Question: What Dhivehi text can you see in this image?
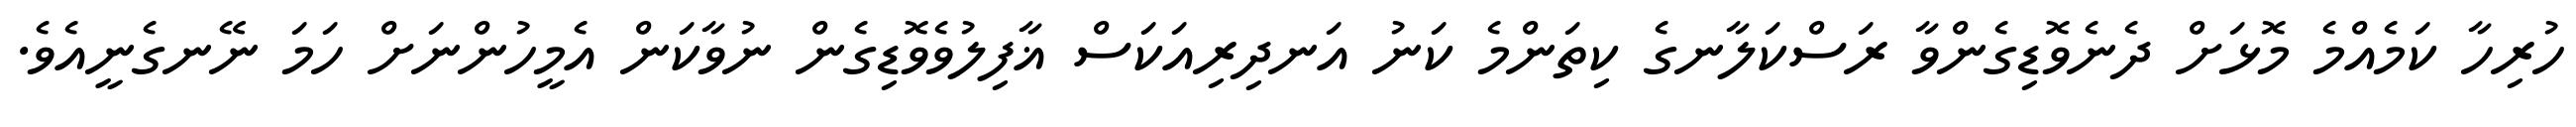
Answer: ހުރިހާ ކަމެއްމެ މޮޅަށް ދެނެވޮޑިގެންވާ ރަސްކަލާނގެ ކިތަންމެ ކަނު އަނދިރިއަކަސް ޣާފިލުވެވޮޑިގެން ނުވާކަން އެމީހުންނަށް ހަމަ ނޭނގެނީއެވެ.